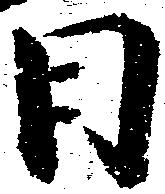
日